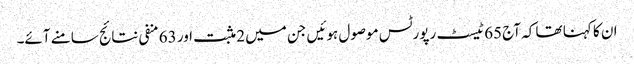
ان کا کہنا تھا کہ آج 65 ٹیسٹ رپورٹس موصول ہوئیں جن میں 2 مثبت اور 63 منفی نتائج سامنے آئے۔